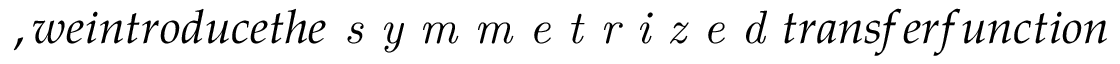
, w e i n t r o d u c e t h e \emph { s y m m e t r i z e d } t r a n s f e r f u n c t i o n